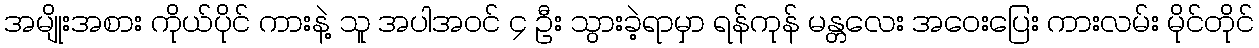
အမျိုးအစား ကိုယ်ပိုင် ကားနဲ့ သူ အပါအဝင် ၄ ဦး သွားခဲ့ရာမှာ ရန်ကုန် မန္တလေး အဝေးပြေး ကားလမ်း မိုင်တိုင်